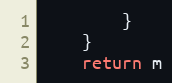
Language: Go
		}
	}
	return m